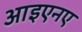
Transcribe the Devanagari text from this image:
आइएनए